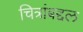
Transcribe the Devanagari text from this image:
चित्रांबद्दल